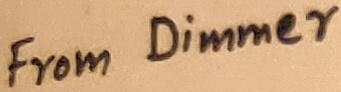
Text: From Dimmer